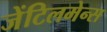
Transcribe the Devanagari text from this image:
जेंटिलमेन्स